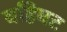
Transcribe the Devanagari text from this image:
वहिवट